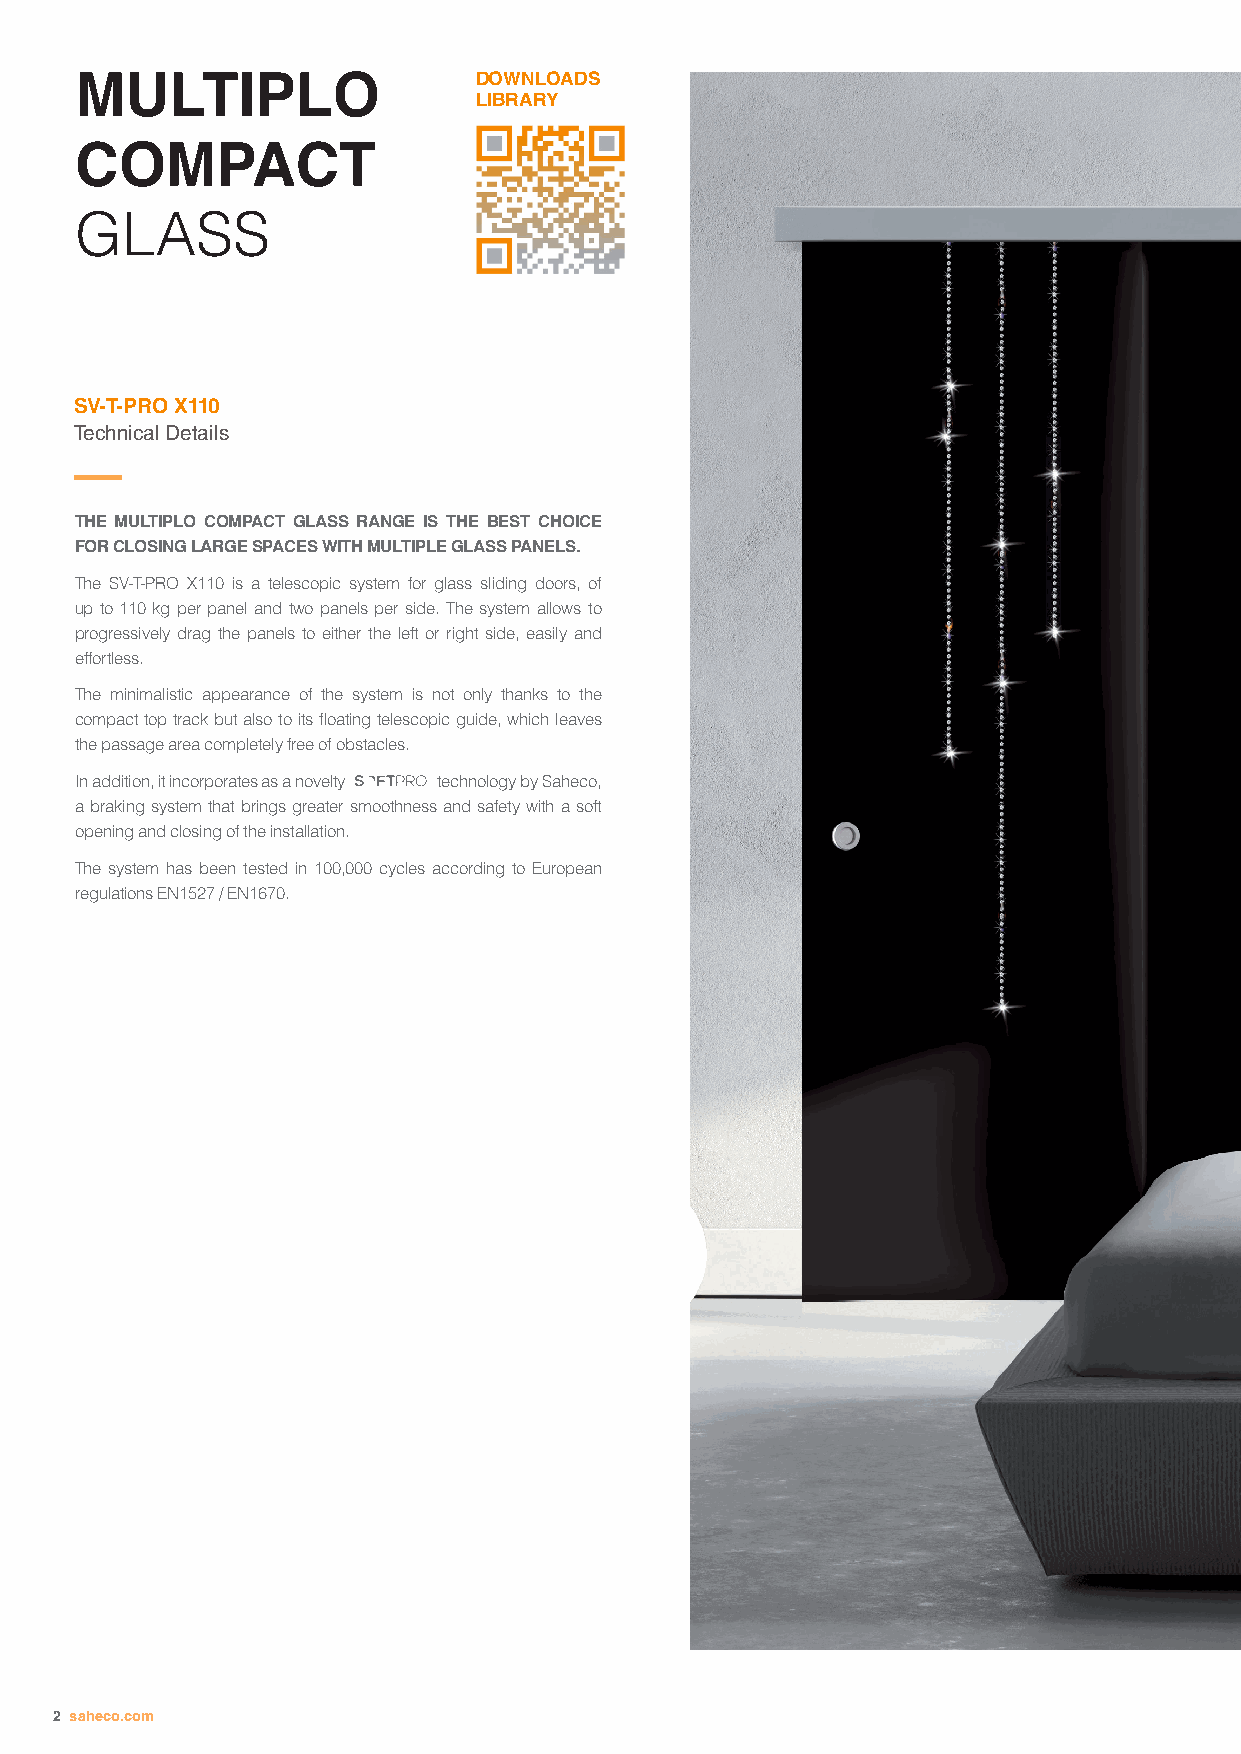
MULTIPLO                  DOWNLOADS
 LIBRARY
 COMPACT
 GLASS
 SV-T-PRO X110
 Technical Details
 THE MULTIPLO COMPACT GLASS RANGE IS THE BEST CHOICE
 FOR CLOSING LARGE SPACES WITH MULTIPLE GLASS PANELS.
 The SV-T-PRO X110 is a telescopic system for glass sliding doors, of
 up to 110 kg per panel and two panels per side. The system allows to
 progressively drag the panels to either the left or right side, easily and
 effortless.
 The minimalistic appearance of the system is not only thanks to the
 compact top track but also to its floating telescopic guide, which leaves
 the passage area completely free of obstacles.
 In addition, it incorporates as a novelty technology by Saheco,
 a braking system that brings greater smoothness and safety with a soft
 opening and closing of the installation.
 The system has been tested in 100,000 cycles according to European
 regulations EN1527 / EN1670.
 2 saheco.com